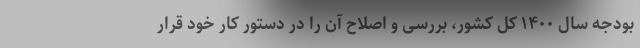
بودجه سال ۱۴۰۰ کل کشور، بررسی و اصلاح آن را در دستور کار خود قرار